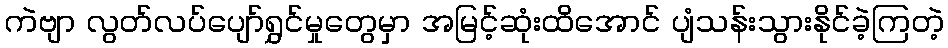
ကဲဗျာ လွတ်လပ်ပျော်ရွှင်မှုတွေမှာ အမြင့်ဆုံးထိအောင် ပျံသန်းသွားနိုင်ခဲ့ကြတဲ့